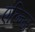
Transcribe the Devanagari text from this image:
एल्न्जि